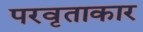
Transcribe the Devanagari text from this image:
परवृताकार